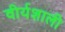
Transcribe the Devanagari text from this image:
वीर्यशाली